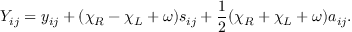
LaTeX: Y _ { i j } = y _ { i j } + ( \chi _ { R } - \chi _ { L } + \omega ) s _ { i j } + \frac { 1 } { 2 } ( \chi _ { R } + \chi _ { L } + \omega ) a _ { i j } .